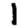
Digit: 1